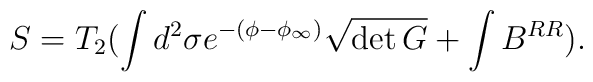
S=T_{2}(\int d^{2} \sigma e^{-(\phi-\phi_{\infty})}\sqrt{\det{G}} +\int B^{RR}).